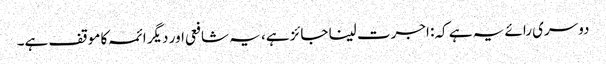
دوسری رائے یہ ہے کہ: اجرت لینا جائز ہے، یہ شافعی اور دیگر ائمہ کا موقف ہے۔